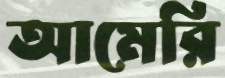
আমেরি